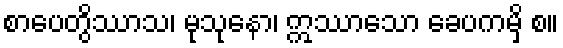
စာပေတွိဿာသ၊ မုသုနော၊ ဣဿာသော ခေပကမှိ စ။